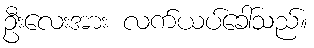
ဦးလေးအား လက်ယပ်ခေါ်သည်။